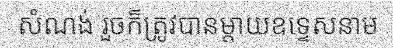
សំណង់ រួចក៏ត្រូវបានម្តាយឧទ្ទេសនាម